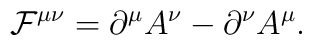
{\cal F}^{\mu \nu} = \partial^{\mu} A^{\nu} - \partial^{\nu} A^{\mu}.